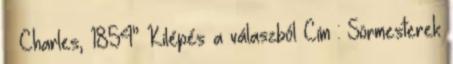
– Charles, 1854” Kilépés a válaszból Cím : Sörmesterek